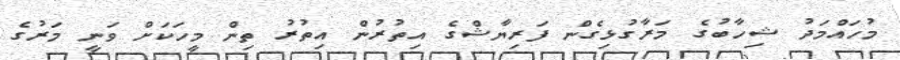
މުހައްމަދު ޝިހާބުގެ މަރާގުޅިގެން ފަރިޔާޝްގެ އިތުރުން އިތުރު ތިން މީހަކަށް ވަނީ މަރުގެ